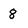
Character: 8